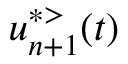
u _ { n + 1 } ^ { * > } ( t )